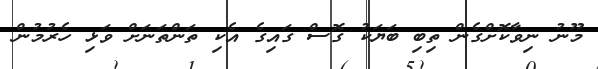
މޫނު ނިވާކޮށްގެން ތިބި ބަޔަކު ގޮސް ގައިގެ އެކި ތަންތަނަށް ވަޅި ހެރުމުން